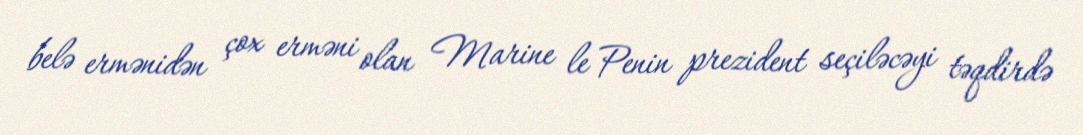
belə ermənidən çox erməni olan Marine le Penin prezident seçiləcəyi təqdirdə